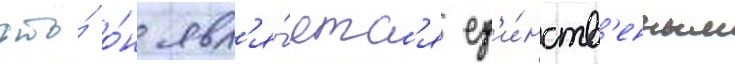
что́ о́н явл'я́етс'я ед'и́нств'енным